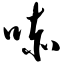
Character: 哧